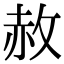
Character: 赦